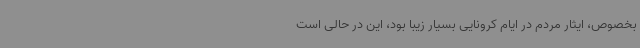
بخصوص، ایثار مردم در ایام کرونایی بسیار زیبا بود، این در حالی است